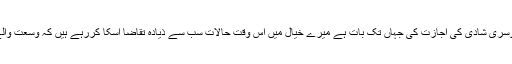
باقی حالات کی وجہ سے دوسری شادی کی اجازت کی جہاں تک بات ہے میرے خیال میں اس وقت حالات سب سے ذیادہ تقاضا اسکا کررہے ہیں کہ وسعت والے مرد دوسری شادی کریں۔